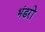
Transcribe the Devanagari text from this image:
भंडरों